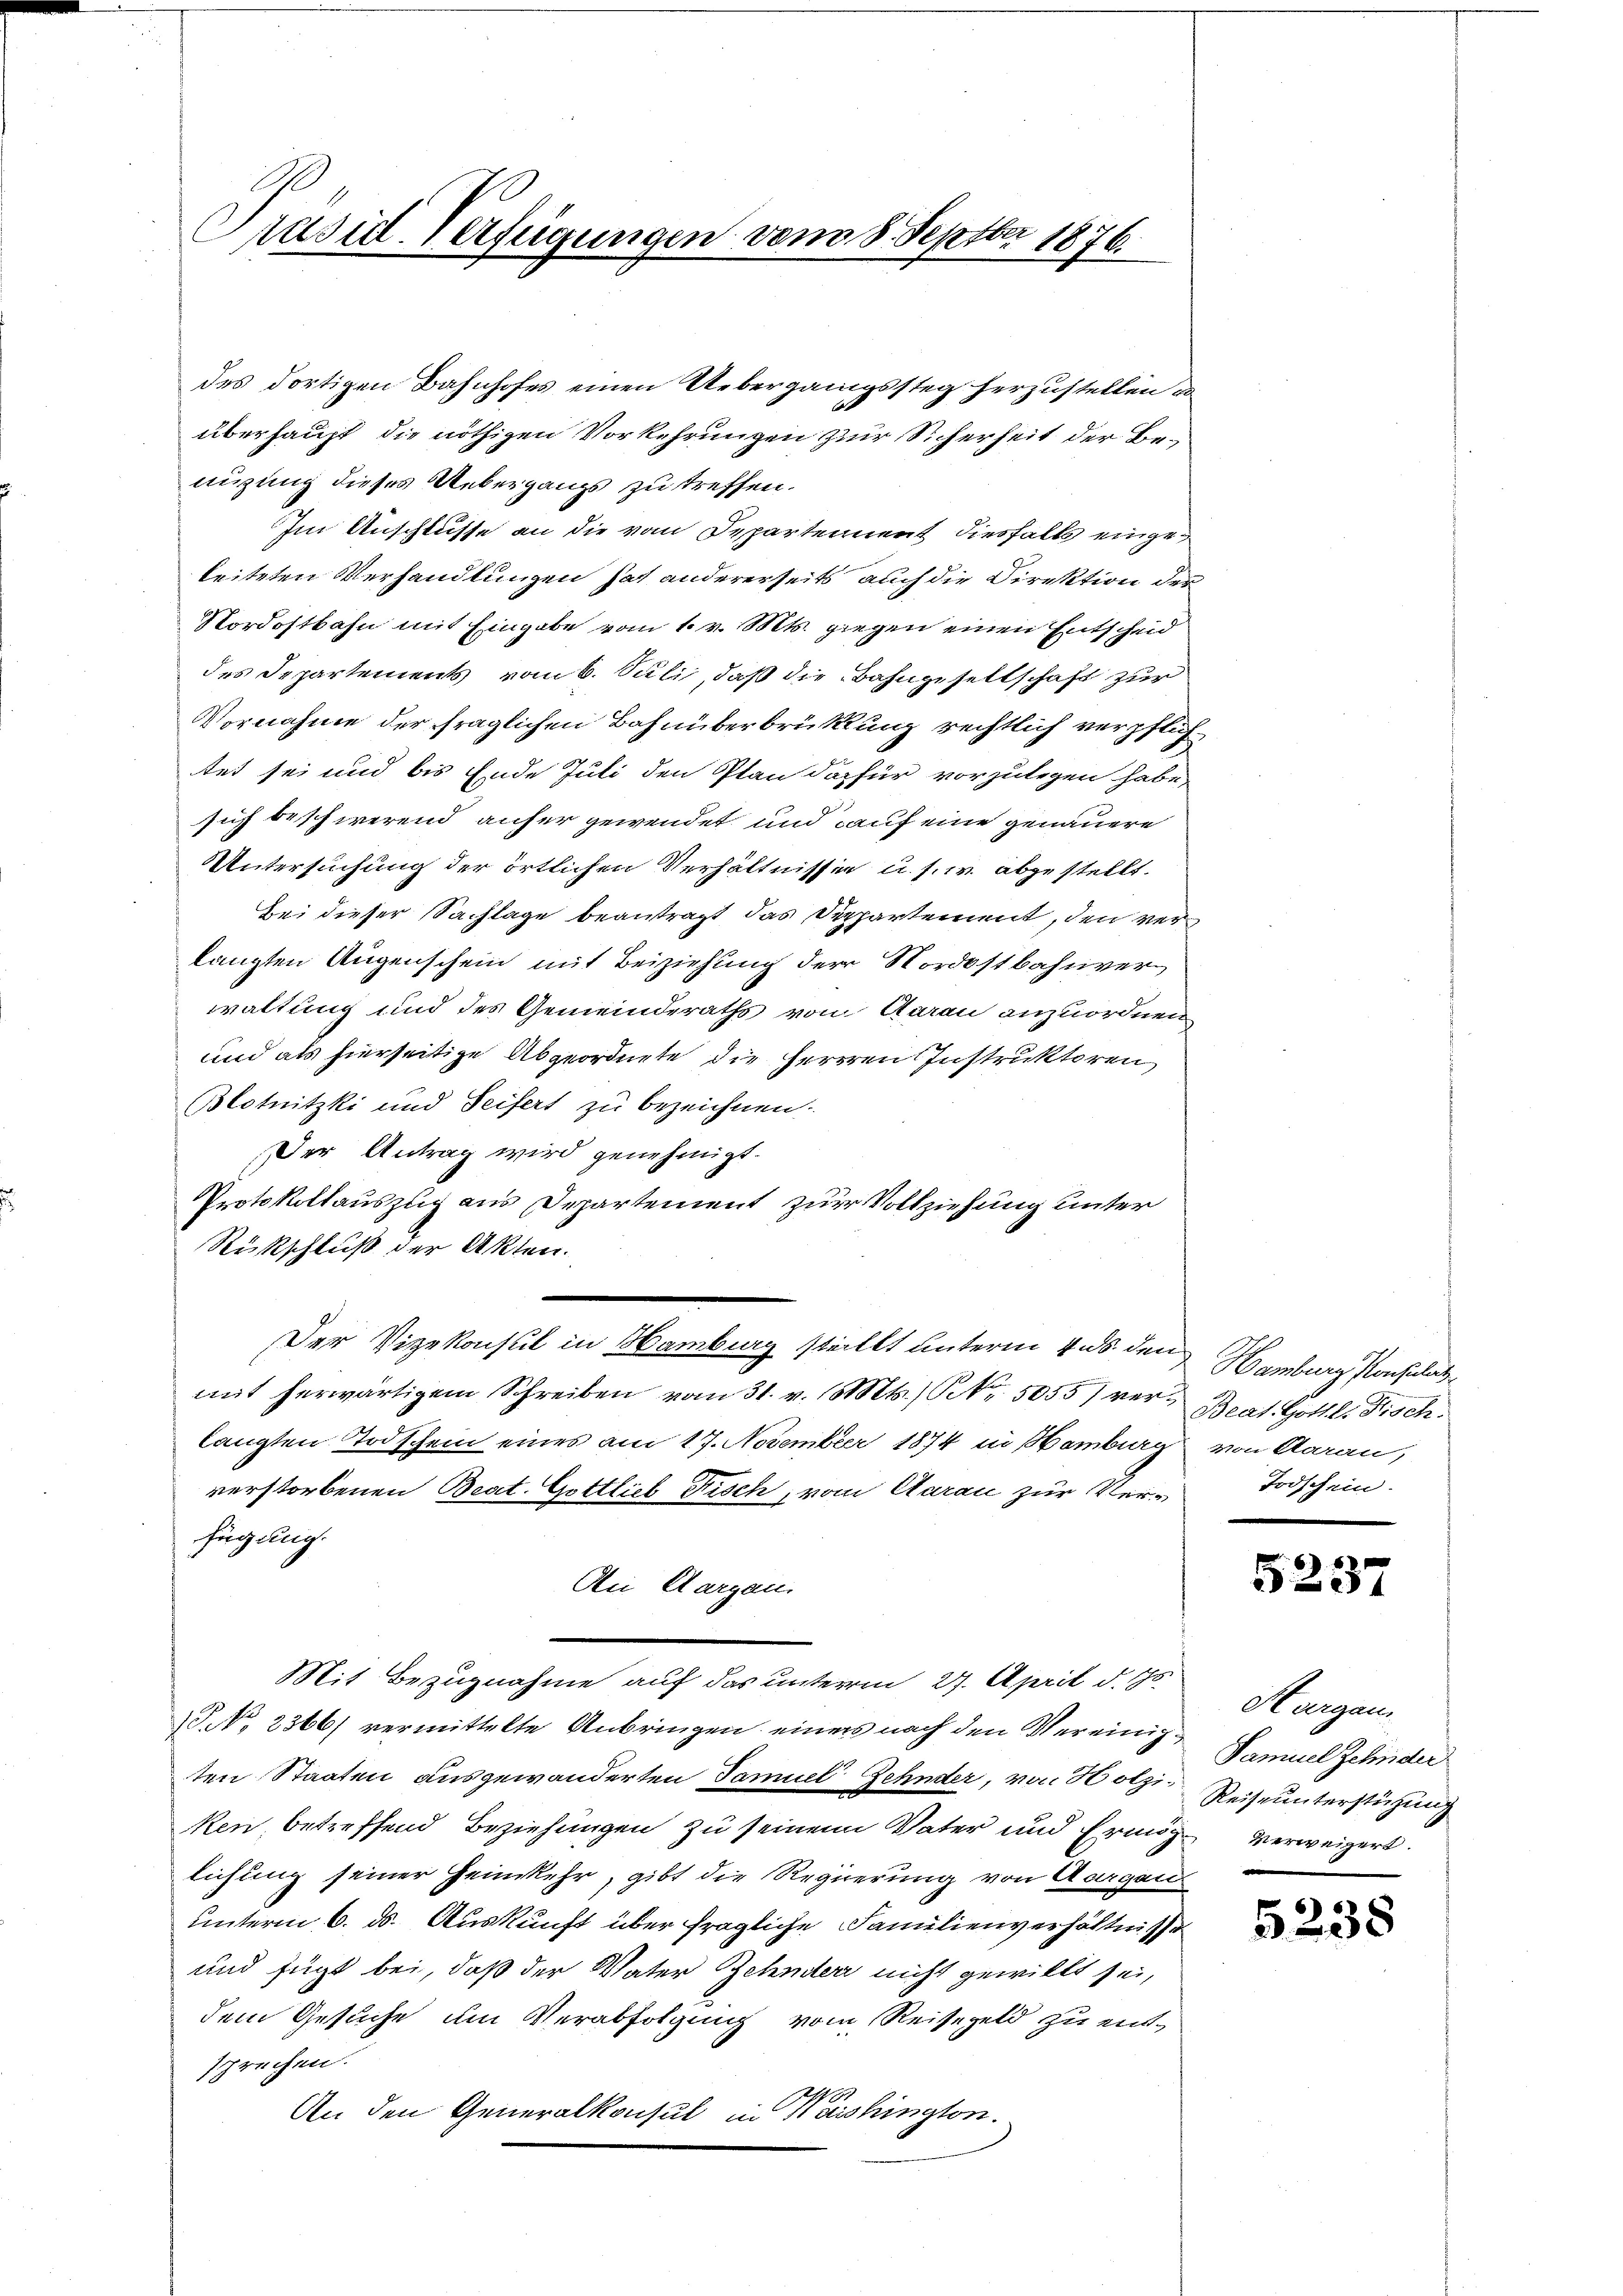
Präsid-Verfügungen vom 8. Septbr 1876.

des dortigen Bahnhofes einen Uebergangssteg herzustellen u
überhaupt die nöthigen Vorkehrungen zur Sicherheit der Benuzung dieses Uebergangs zu treffen.
Im Anschlusse an die von Departement diesfalls eingeleiteten Verhandlungen hat andererseits auch die Direktion der
Nordostbahn mit Eingabe vom 1. v. Mts. giegen einen Entscheid
des Departements vom 6. Suli, daß die Bahngesellschaft zur
Vornahme der fraglichen Bahnüberbrüktung rechtlich verpflichtet sei und bis Ende Juli den Plan dafür vorzulegen habe,
sich beschwerend aufer gewendet und auf eine genauere
UUntersuchung der örtlichen Verhältnissen u. s. w. abgestellt.
Bei dieser Sachlage beantragt das Deppartement, den verlangten Augenschein mit Beiziehung der Nordostbahnverwaltung und des Gemeinderaths von Aarau anzuordnen
und als hierseitige Abgeordnete die Herren Instruktoren
Blotnitzki und Seifers zu bezeichnen.
Der Antrag wird genehmigt.
Protokollauszug aus Departement zur Vollziehung unter
Rückschluß der Akten.
Der Vizekonsul in Hamburg stellt unterm 4. ds. den Hamburg Konsulat
mit herwärtigem Schreiben vom 31. v. Mts., Nr. 5055) ver- Beat. Gottl. Fisch.
langten Todschein eines am 17. November 1874 in Hamburg von Aarau,
verstorbenen Beat. Gottlieb Fisch, von Aarau zur Verfügung.
Dei Aargau.
Mit Bezugnahme auf das unterm 27. April d. Js.
§ No. 2366) vermittelte Anbringen einers nach den Vereinigten Staaten ausgewanderten Samuel Zehnder, von Hotz Reiseunterstüzung
ken betreffend Beziehungen zu seinem Vater und Ermöglichung seiner Heimkehr, gibt die Regierung von Aargau
unterm 6. ds. Auskunft über fragliche Familienverhältnisse
und fügt bei, daß der Vater Zehnder nicht gewillt sei,
dem Gesuche im Verabfolgung vom Reisegeld zu einsprechen.
An den Generalkonsul in Washington.

Todschein.

5237

Hargau
Samuel Zehnder
verweigert.

5235